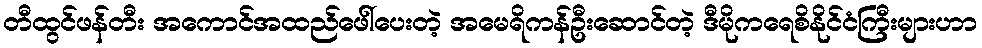
တီထွင်ဖန်တီး အကောင်အထည်ဖေါ်ပေးတဲ့ အမေရိကန်ဦးဆောင်တဲ့ ဒီမိုကရေစိနိုင်ငံကြီးများဟာ